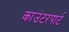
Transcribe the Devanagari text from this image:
काउंटरपार्ट